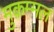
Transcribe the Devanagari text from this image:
मुक़म्मल